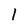
Character: 1